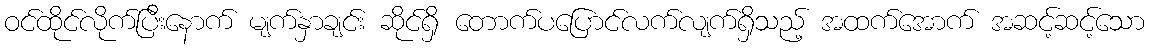
ဝင်ထိုင်လိုက်ပြီးနောက် မျက်နှာချင်း ဆိုင်ရှိ တောက်ပပြောင်လက်လျက်ရှိသည့် အထက်အောက် အဆင့်ဆင့်သော